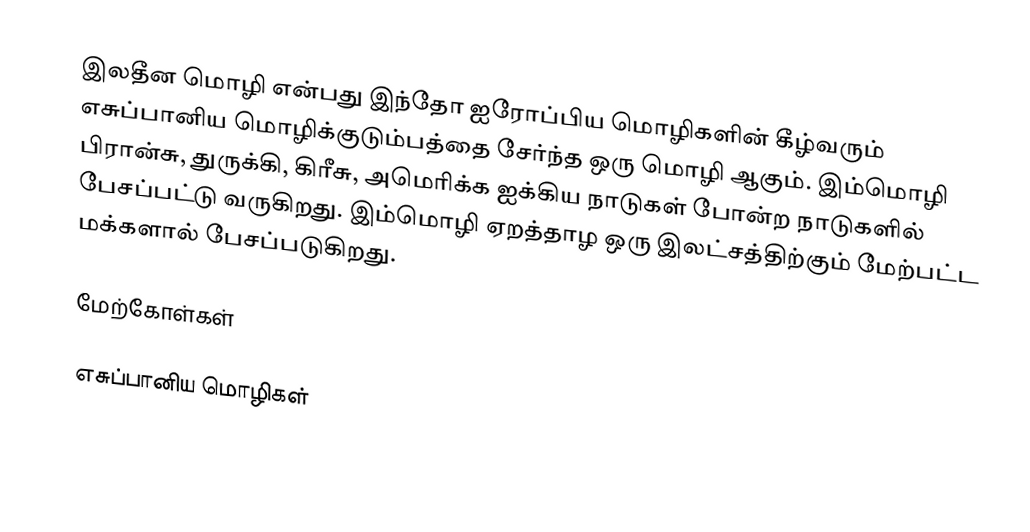
இலதீன மொழி என்பது இந்தோ ஐரோப்பிய மொழிகளின் கீழ்வரும் எசுப்பானிய மொழிக்குடும்பத்தை சேர்ந்த ஒரு மொழி ஆகும். இம்மொழி பிரான்சு, துருக்கி, கிரீசு, அமெரிக்க ஐக்கிய நாடுகள் போன்ற நாடுகளில் பேசப்பட்டு வருகிறது. இம்மொழி ஏறத்தாழ ஒரு இலட்சத்திற்கும் மேற்பட்ட மக்களால் பேசப்படுகிறது.

மேற்கோள்கள்

எசுப்பானிய மொழிகள்